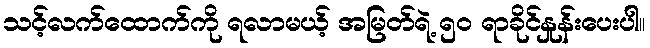
သင့်လက်ထောက်ကို ရလာမယ့် အမြတ်ရဲ့ ၅၀ ရာခိုင်နှုန်းပေးပါ။